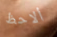
ألاحظ